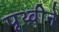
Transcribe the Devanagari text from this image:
पृथ्वीने